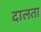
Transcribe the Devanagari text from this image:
दालता